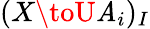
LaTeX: (X\toU\mathit{A}_{i})_{I}